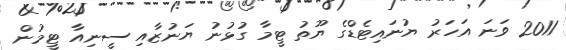
2011 ވަނަ އަހަރު ޔުނައިޓެޑްގެ ޔޫތު ޓީމާ ގުޅުނު ޔަނުޒާއި ސީނިއާ ޓީމުން